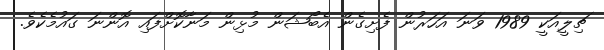
ޗިލީއަކީ 1989 ވަނަ އަހަރުން ފެށިގެން އެބޯޝަން މުޅިން މަނާކޮށްފައި އޮންނަ ގައުމެކެވެ.